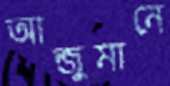
আন্জুমানে